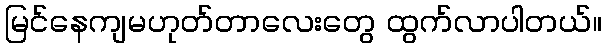
မြင်နေကျမဟုတ်တာလေးတွေ ထွက်လာပါတယ်။